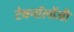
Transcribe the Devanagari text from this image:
टेक्नॉलोंजी